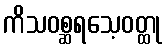
ကိသဝစ္ဆရသေ့ဝတ္ထု